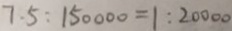
7 . 5 : 1 5 0 0 0 0 = 1 : 2 0 0 0 0